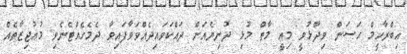
އިބްރާހީމް ޙަސަން ވިދާޅުވީ މިއީ މާތް މުޅި ދުނިޔެއަށް ދަައްކަވައިދެއްވަވާފައިވާ ދެމެހެއްޓެނެވި މުޢުޖިޒާތެއް